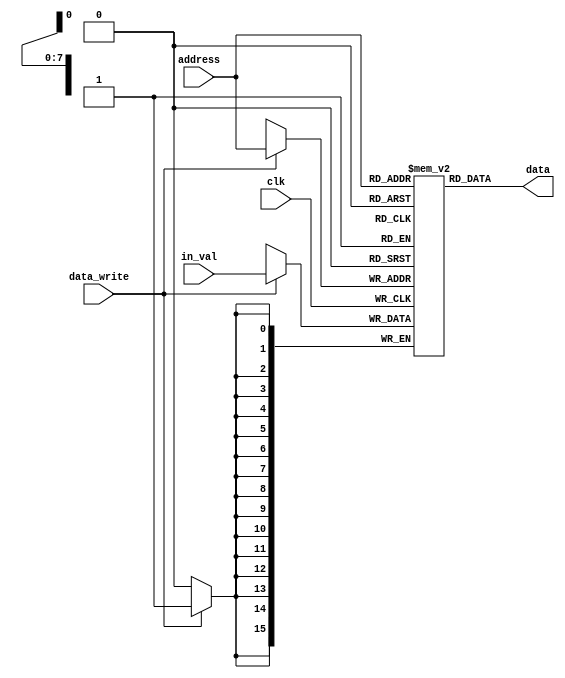
module data_mem(data,address,in_val ,data_write,clk);
output [15:0]data;
input [7:0] address;
input [15:0] in_val;
input clk,data_write;
reg [15:0] data_memory [255:0];
always@(posedge clk)
begin
    if(data_write)
    data_memory[address]<=in_val;
end
assign data = data_memory[address];
initial begin
    //code cehck
end
endmodule